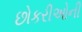
છોકરીઓની